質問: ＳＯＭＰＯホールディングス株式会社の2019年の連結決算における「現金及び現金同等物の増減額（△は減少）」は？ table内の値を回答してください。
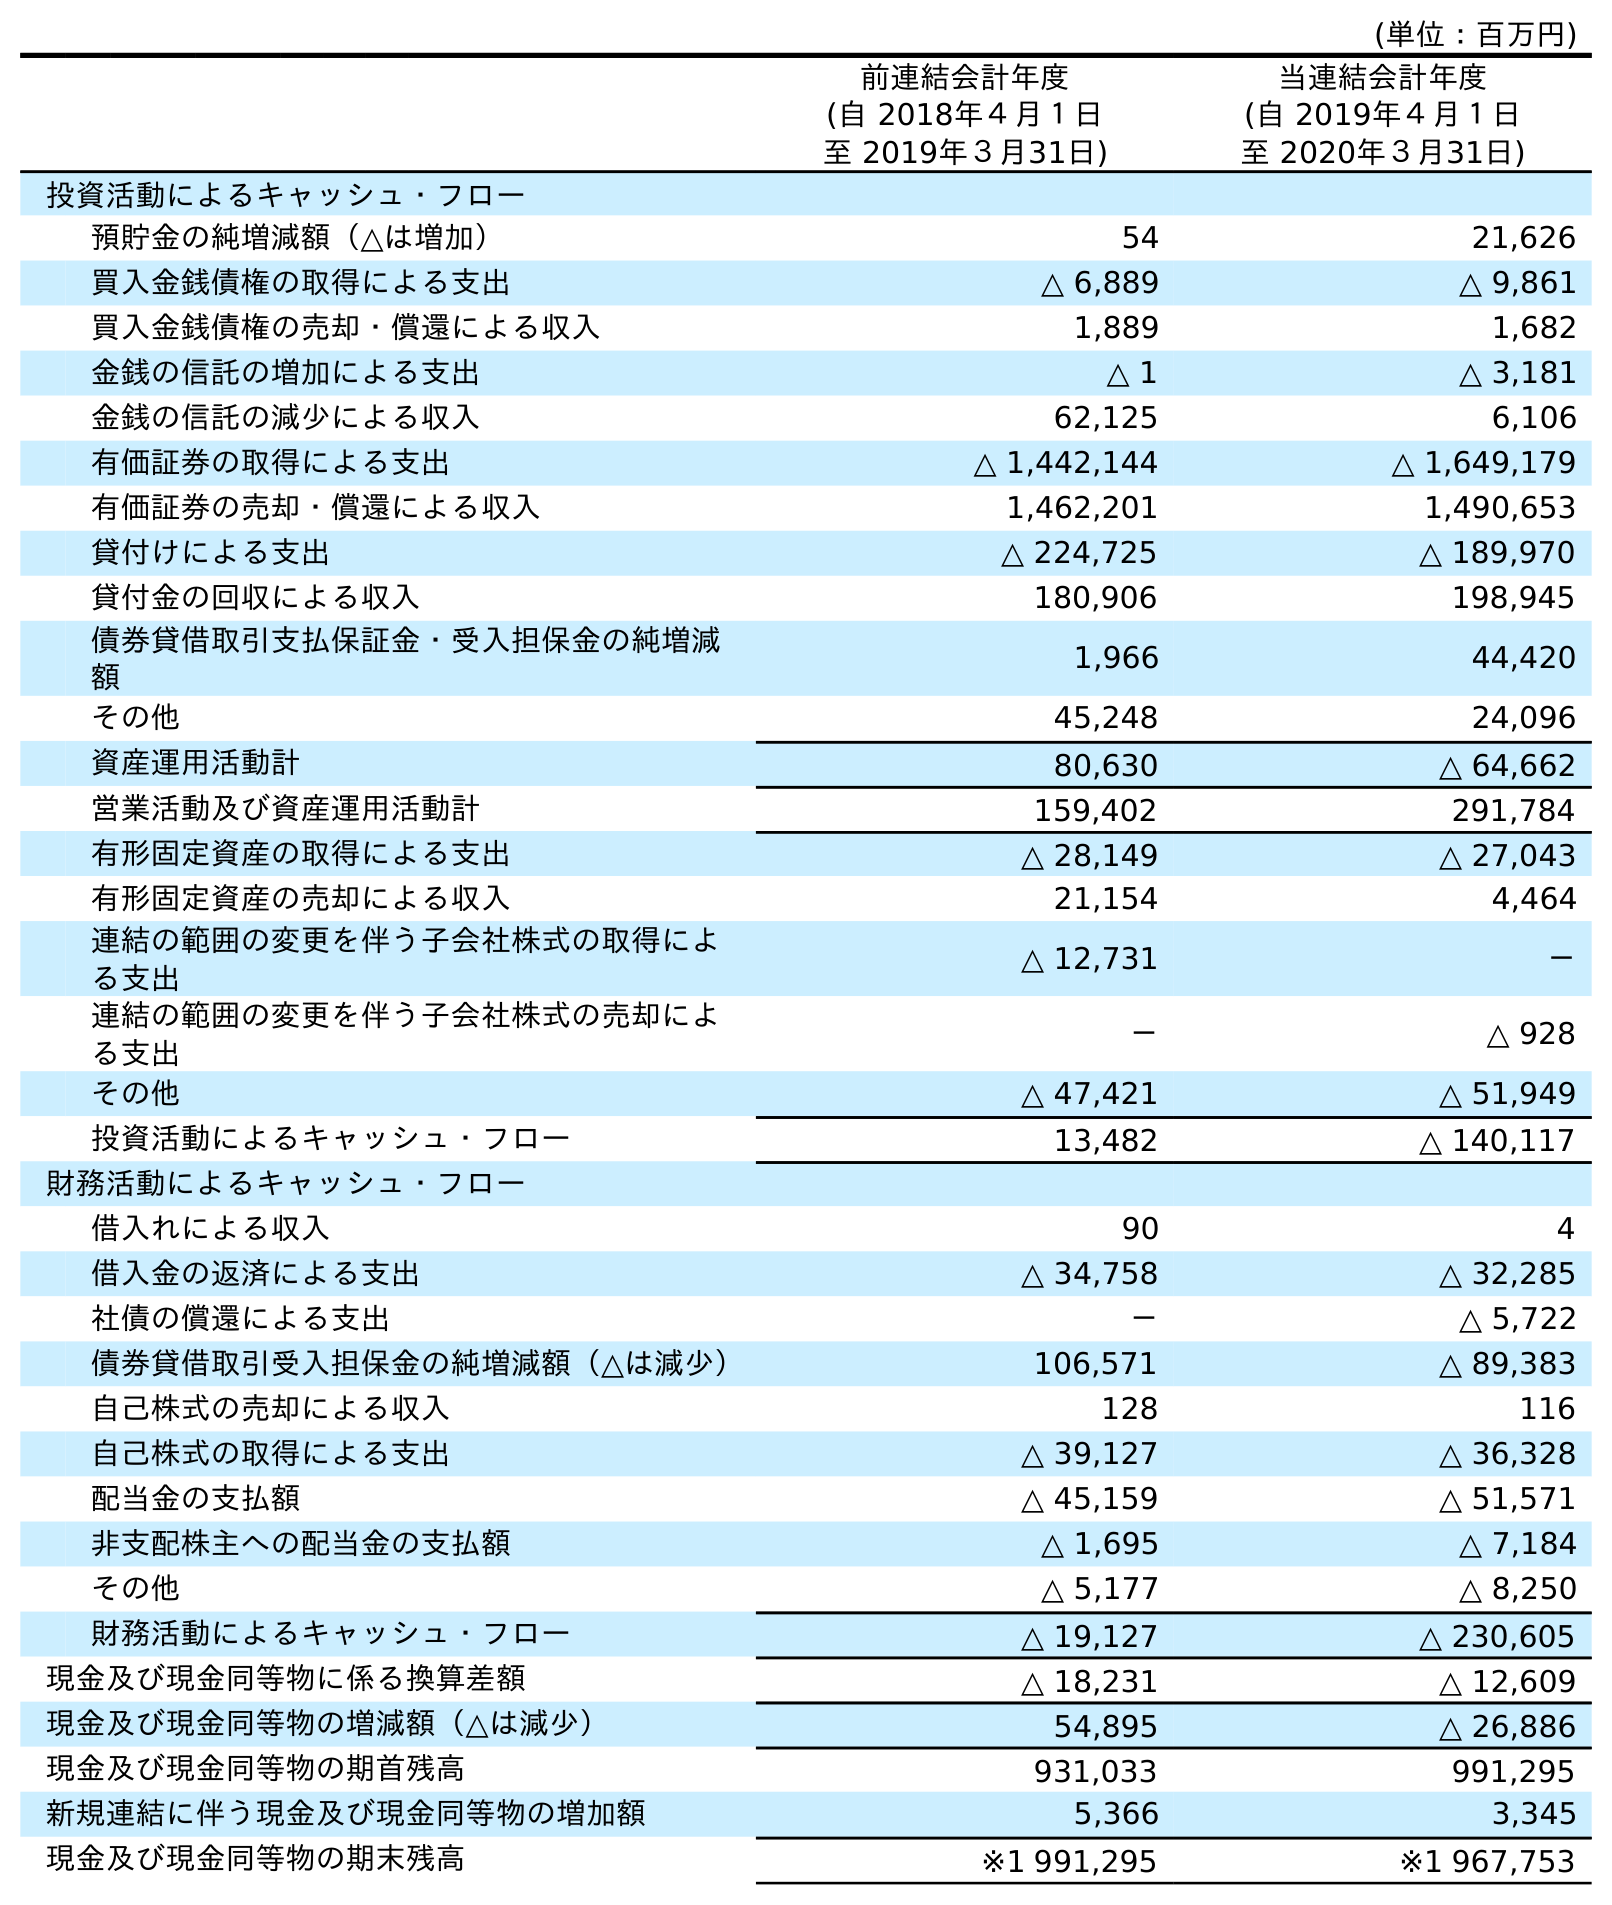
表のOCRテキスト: (単位：百万円) 前連結会計年度 (自 2018年４月１日 至 2019年３月31日) 当連結会計年度 (自 2019年４月１日 至 2020年３月31日) 投資活動によるキャッシュ・フロー 預貯金の純増減額（△は増加） 54 21,626 買入金銭債権の取得による支出 △ 6,889 △ 9,861 買入金銭債権の売却・償還による収入 1,889 1,682 金銭の信託の増加による支出 △ 1 △ 3,181 金銭の信託の減少による収入 62,125 6,106 有価証券の取得による支出 △ 1,442,144 △ 1,649,179 有価証券の売却・償還による収入 1,462,201 1,490,653 貸付けによる支出 △ 224,725 △ 189,970 貸付金の回収による収入 180,906 198,945 債券貸借取引支払保証金・受入担保金の純増減 額 1,966 44,420 その他 45,248 24,096 資産運用活動計 80,630 △ 64,662 営業活動及び資産運用活動計 159,402 291,784 有形固定資産の取得による支出 △ 28,149 △ 27,043 有形固定資産の売却による収入 21,154 4,464 連結の範囲の変更を伴う子会社株式の取得によ る支出 △ 12,731 － 連結の範囲の変更を伴う子会社株式の売却によ る支出 － △ 928 その他 △ 47,421 △ 51,949 投資活動によるキャッシュ・フロー 13,482 △ 140,117 財務活動によるキャッシュ・フロー 借入れによる収入 90 4 借入金の返済による支出 △ 34,758 △ 32,285 社債の償還による支出 － △ 5,722 債券貸借取引受入担保金の純増減額（△は減少） 106,571 △ 89,383 自己株式の売却による収入 128 116 自己株式の取得による支出 △ 39,127 △ 36,328 配当金の支払額 △ 45,159 △ 51,571 非支配株主への配当金の支払額 △ 1,695 △ 7,184 その他 △ 5,177 △ 8,250 財務活動によるキャッシュ・フロー △ 19,127 △ 230,605 現金及び現金同等物に係る換算差額 △ 18,231 △ 12,609 現金及び現金同等物の増減額（△は減少） 54,895 △ 26,886 現金及び現金同等物の期首残高 931,033 991,295 新規連結に伴う現金及び現金同等物の増加額 5,366 3,345 現金及び現金同等物の期末残高 ※1 991,295 ※1 967,753
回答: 54,895